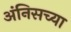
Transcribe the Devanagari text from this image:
अंनिसच्या